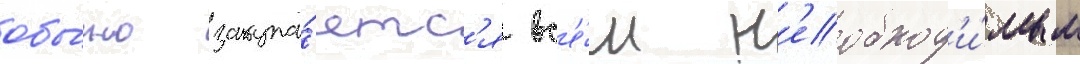
обы́чно закупа́етс'я вс'е́м н'еобход'и́мым